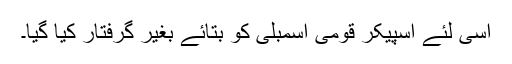
اسی لئے اسپیکر قومی اسمبلی کو بتائے بغیر گرفتار کیا گیا۔